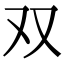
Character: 双